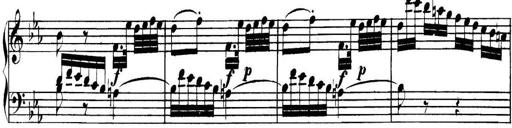
Title: Collected Piano Sonatas
Composer: Muzio Clementi